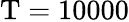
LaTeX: \mathrm{T}=10000